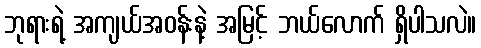
ဘုရားရဲ့ အကျယ်အဝန်းနဲ့ အမြင့် ဘယ်လောက် ရှိပါသလဲ။